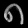
Digit: ၈